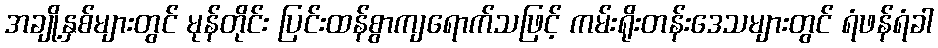
အချို့နှစ်များတွင် မုန်တိုင်း ပြင်းထန်စွာကျရောက်သဖြင့် ကမ်းရိုးတန်းဒေသများတွင် ရံဖန်ရံခါ